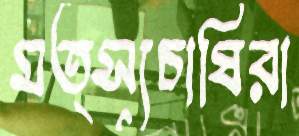
মত্স্যচাষিরা